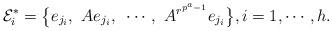
LaTeX: \begin{align*}{\cal E}^*_i=\big\{e_{j_i},~Ae_{j_i},~\cdots,~A^{r^{p^a-1}}e_{j_i}\big\},i=1,\cdots,h.\end{align*}